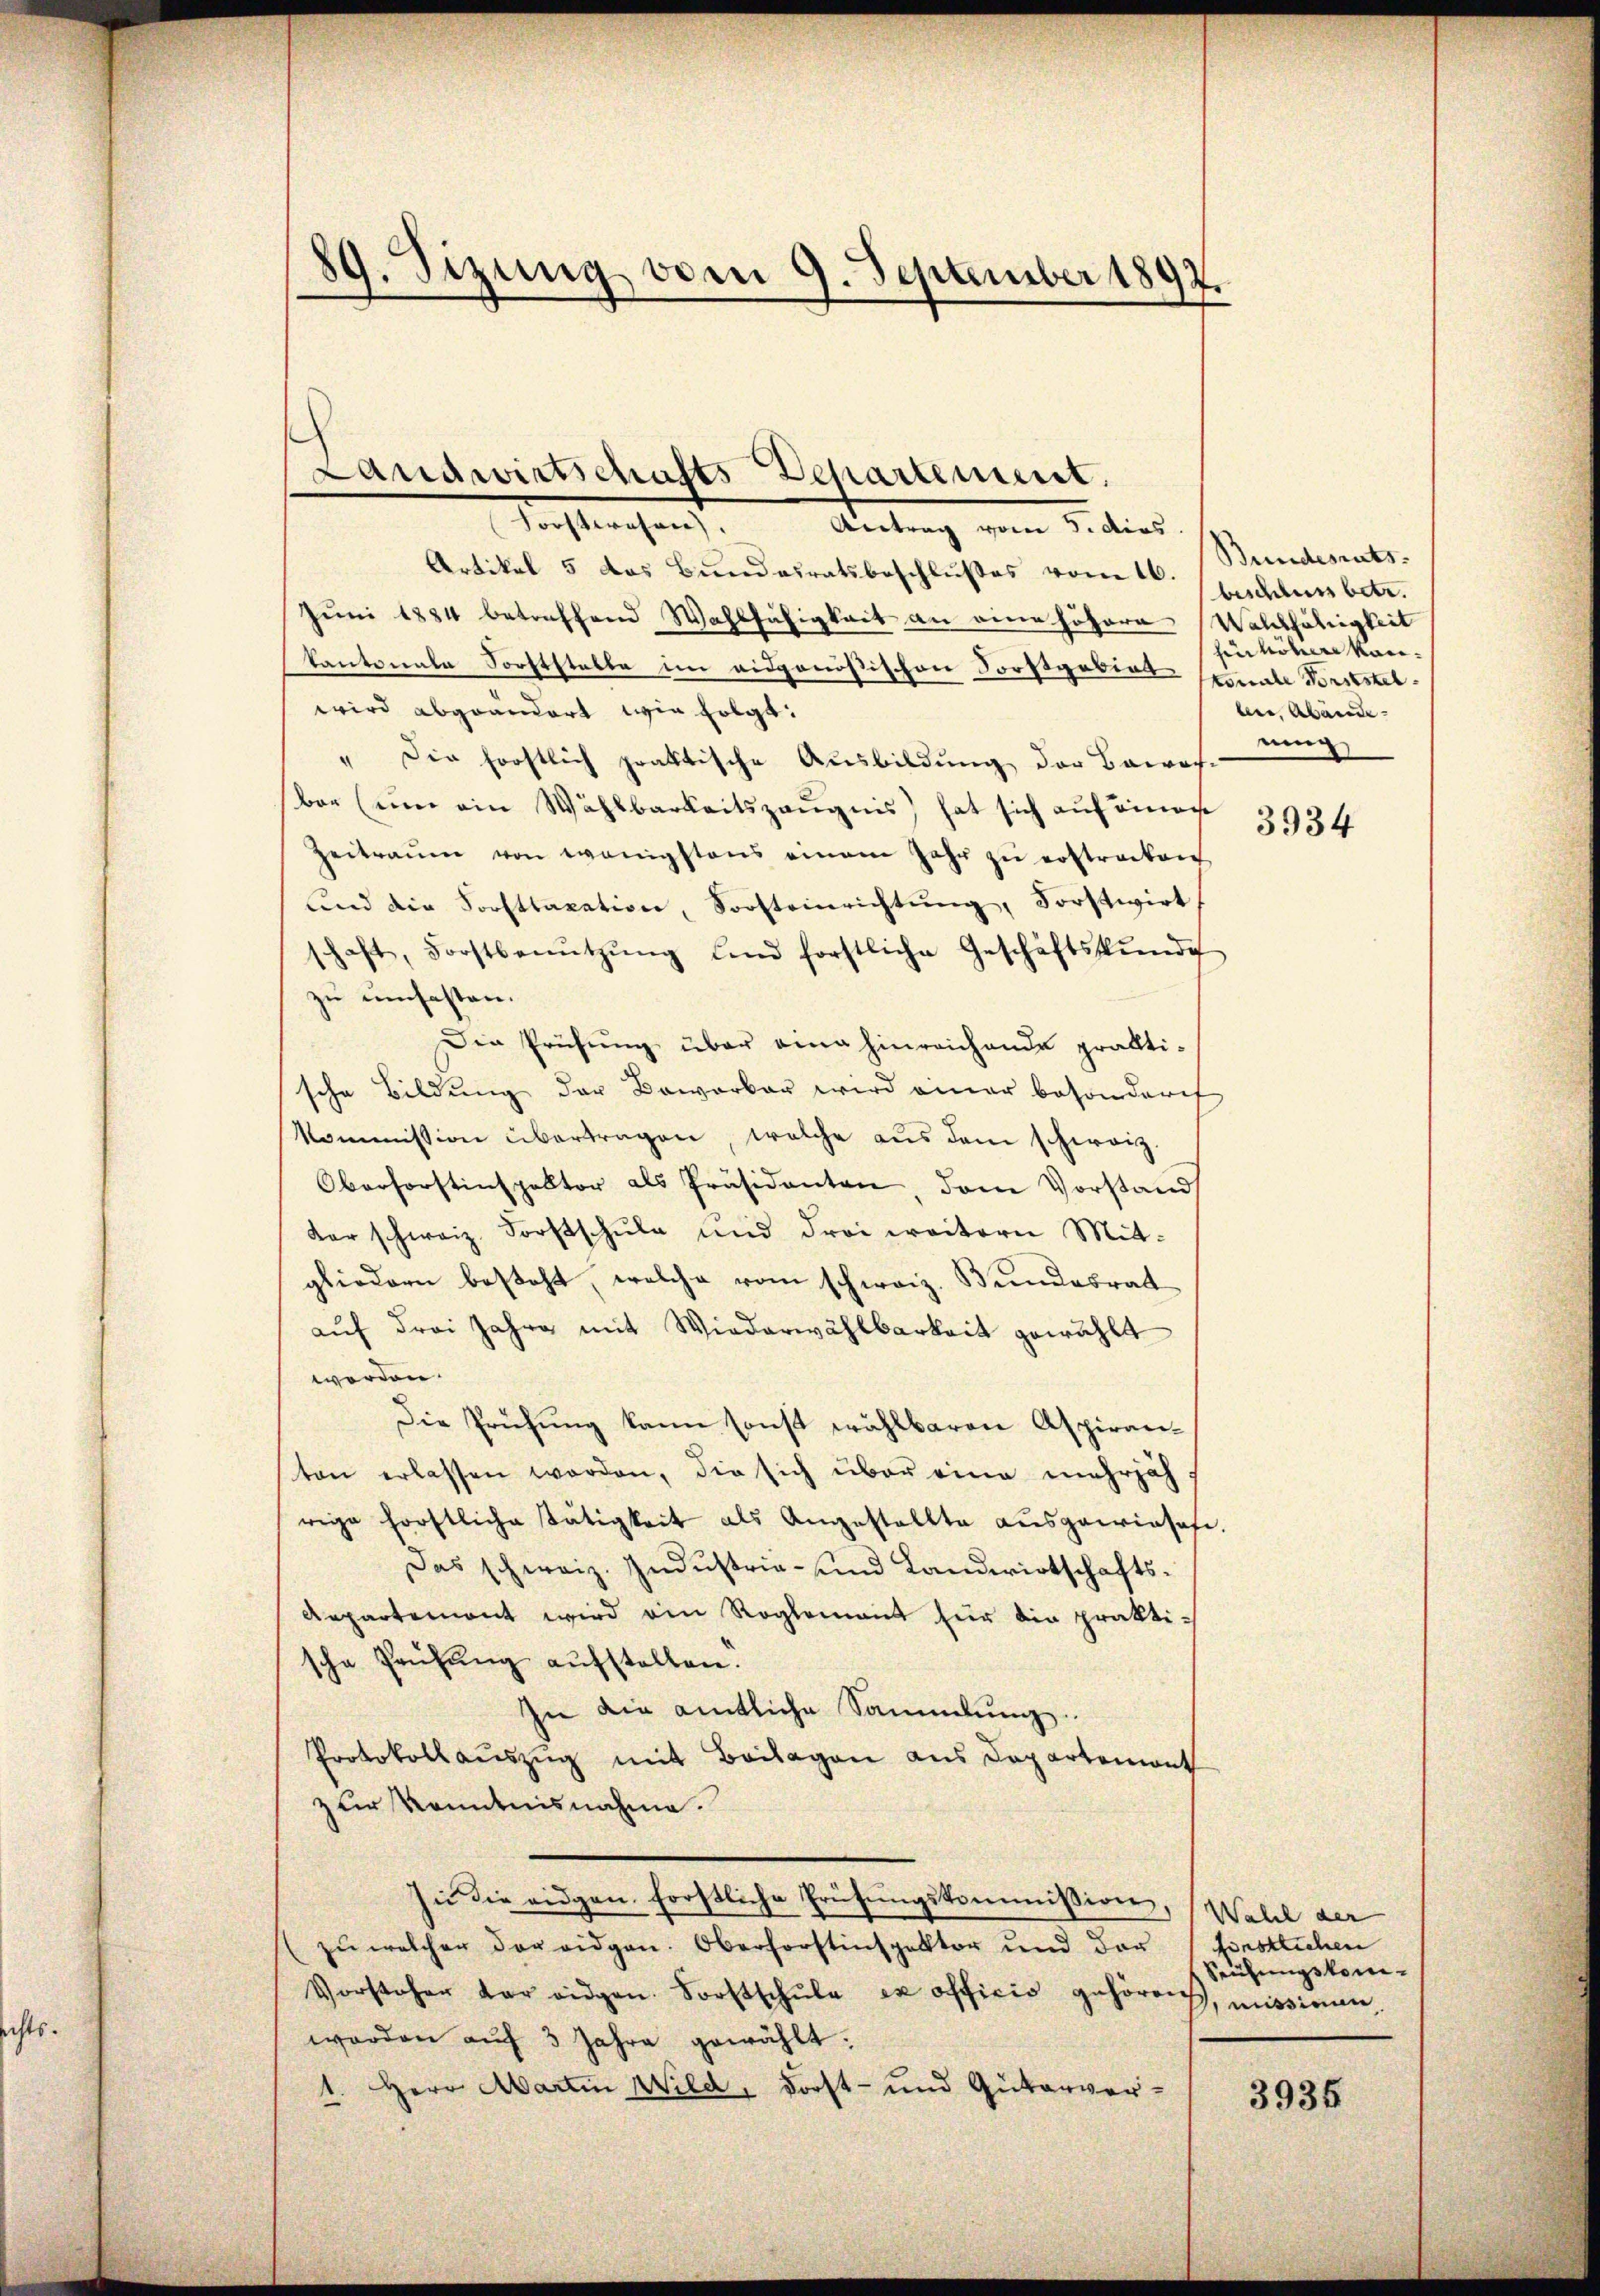
89. Sizung vom 9. September 1892.
f

Landwirtschafts-Departement.

Forstwesen.
Antrag vom 5. dies
Artikel 5 das Bundesratsbeschlußes vom 16.
Juni 1884 betreffend Wahlfähigkeit an eine höhere Wahlfähigkeit
kantonale Forststelle im eidgenößischen Forstgebiet stimmte Vorststelwird abgeändert wie folgt:
" Die forstlich praktische Ausbildung der Barosi
er ŭm ein Wahlbarkeitszeŭgnis hat sich auf einan
Zeitraŭm von wenigstens einem Jahr zŭ erstrecken
und die Forsttaxation, Forsteinrichtŭng, Forstwirt
schaft, Forstbenŭtzŭng und forstliche Geschäftskŭnd
zu umfasten.
Die Prüfung über eine hinreichende prakti-
sche Bildung der Bewerber wird einer besonderes
kommission übertragen, welche aŭs dem schweiz.
Oberforstinspektor als Präsidenten, dem Vorstand
Kar schweiz. Forstschŭle und drei weitern Mit-
gliedern besteht, welche vom schweiz. Bundesrat
aŭf drei Jahre mit Wiederwählbarkeit gewählt
worden.
Die Prüfŭng kann sonst wählbaren Aspiran-
ston erlassen worden, die sich über eine mehrjäh
rige förstliche Tätigkeit als Angestellte aŭsgewiesehe.
Das schweiz. Industria- und Landwirtschafts¬
Aepartemont wird ein Reglement für die praktische Prüfŭng aŭfstellen.
In die amtliche Sammlung
Protokollauszug mit Beilagen aus Departemont
zur Kenntnisnahme.
In die eidgen. forstliche Prüfungskommission, Wahl der
(zŭ welcher der eidgen. Oberforstinspektor und der förstlichen
Vorsteher der eidgen. Forstschŭle ex officio gehören, missionen
werden aŭf 3 Jahre gewählt:
1. Herr Martin Wild, Forst- und Güterver¬

Bundesrats.
beschluss betr.
hin höhere Kanbene, Abände- |
ning

3934

Sühungskom¬

3935